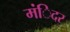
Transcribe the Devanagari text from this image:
मंिदर